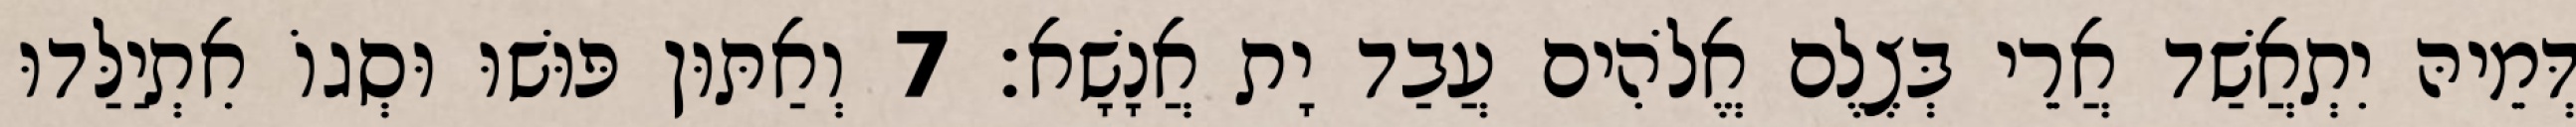
דְּמֵיהּ יִתְאֲשַׁד אֲרֵי בְּצֶלֶם אֱלֹהִים עֲבַד יָת אֲנָשָׁא׃ 7 וְאַתּוּן פּוּשׁוּ וּסְגוֹ אִתְיַלַּדוּ